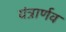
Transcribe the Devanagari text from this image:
यंत्रार्णव